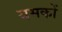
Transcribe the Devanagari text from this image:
यमकों